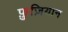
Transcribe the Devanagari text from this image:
फ़ुज़ियान